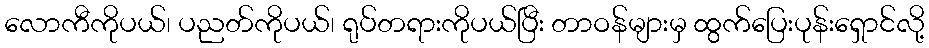
လောကီကိုပယ်၊ ပညတ်ကိုပယ်၊ ရုပ်တရားကိုပယ်ပြီး တာဝန်များမှ ထွက်ပြေးပုန်းရှောင်လို့